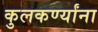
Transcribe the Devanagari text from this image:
कुलकर्ण्यांना